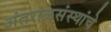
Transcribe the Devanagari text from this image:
अंतराळसंस्थांचे